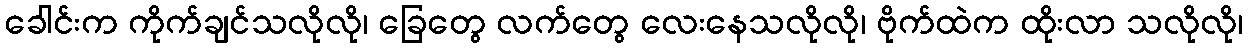
ခေါင်းက ကိုက်ချင်သလိုလို၊ ခြေတွေ လက်တွေ လေးနေသလိုလို၊ ဗိုက်ထဲက ထိုးလာ သလိုလို၊